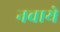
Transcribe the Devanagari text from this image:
नवाये